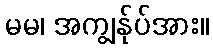
မမ၊ အကျွန်ုပ်အား။